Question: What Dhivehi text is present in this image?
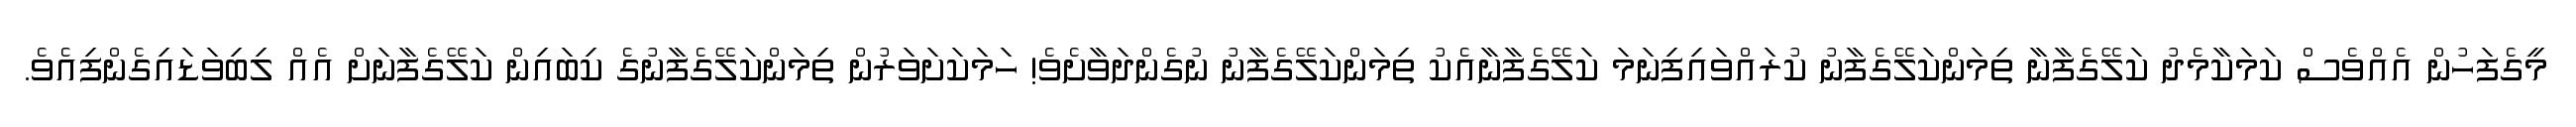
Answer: މީގެފަހުން އެއްވެސް ކަމަކާމެދު ކަލޭގެފާނާ ތިމަންކަލޭގެފާނު ކުރައްވައިފިނަމަ ކަލޭގެފާނާއެކު ތިމަންކަލޭގެފާނު ނުގެންދަވާށެވެ! ހަމަކަށަވަރުން ތިމަންކަލޭގެފާނުގެ ކިބައިން ކަލޭގެފާނަށް އެއް ލިބިވަޑައިގެންފިއެވެ.